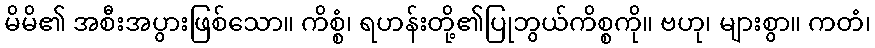
မိမိ၏ အစီးအပွားဖြစ်သော။ ကိစ္စံ၊ ရဟန်းတို့၏ပြုဘွယ်ကိစ္စကို။ ဗဟု၊ များစွာ။ ကတံ၊